Lunatic asylums Burma 1922-24 - 1922-1924
Year: 1922
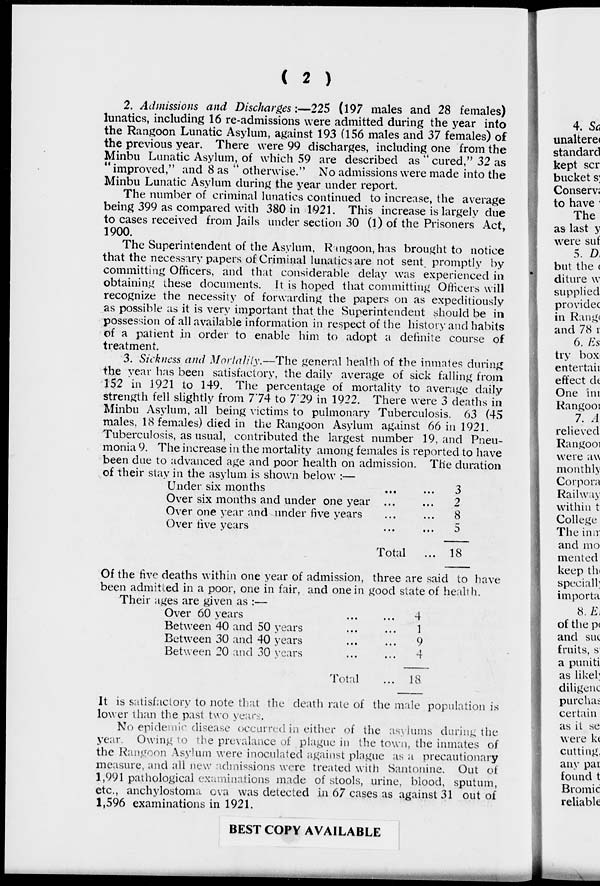
( 2 )
2. Admissions and Discharges:—225
(197 males and 28 females)
lunatics, including 16 re-admissions were admitted during the year into
the Rangoon Lunatic Asylum, against 193 (156 males and 37 females) of
the previous year. There were 99 discharges, including one from the
Minbu Lunatic Asylum, of which 59 are described as '' cured," 32 as
'' improved," and 8 as " otherwise." No admissions were made into the
Minbu Lunatic Asylum during the year under report.
The number of criminal lunatics continued to increase, the average
being 399 as compared with 380 in 1921. This increase is largely due
to cases received from Jails under section 30 (1) of the Prisoners Act,
1900.
The Superintendent of the Asylum, Rangoon, has brought to notice
that the necessary papers of Criminal lunatics are not sent. promptly by
committing Officers, and that considerable delay was experienced in
obtaining these documents. It is hoped that committing Officers will
recognize the necessity of forwarding the papers on as expeditiously
as possible as it is very important that the Superintendent should be in
possession of all available information in respect of the history and habits
of a patient in order to enable him to adopt a definite course of
treatment.
3. Sickness and Mortality.—The general health of the inmates during
the year has been satisfactory, the daily average of sick falling from
152 in 1921 to 149. The percentage of mortality to average daily
strength fell slightly from 7.74 to 7.29 in 1922. There were 3 deaths in
Minbu Asylum, all being victims to pulmonary Tuberculosis. 63 (45
males, 18 females) died in the Rangoon Asylum against 66 in 1921.
Tuberculosis, as usual, contributed the largest number 19, and Pneu-
monia 9. The increase in the mortality among females is reported to have
been due to advanced age and poor health on admission. The duration
of their stay in the asylum is shown below :—
Under six months ... ...
Over six months and under one year ... ...
Over one year and under five years ... ...
Over live years ... ...
Total ...
3
2
8
5
18
Of the five deaths within one year of admission, three are said to have
been admitted in a poor, one in fair, and one in good state of health.
Their ages are given as :—
Over 60 years ... ...
Between 40 and 50 years ... ...
Between 30 and 40 years ... ...
Between 20 and 30 years ... ...
Total ...
4
1
9
4
18
It is satisfactory to note that the death rate of the male population is
lower than the past two years.
No epidemie disease occurred in either of the asylums during the
year. Owing to the prevalance of plague in the town, the inmates of
the Rangoon Asylum were inoculated against plague as a precautionary
measure, and all new admissions were treated with Santonine. Out of
1,991 pathological examinations made of stools, urine, blood, sputum,
etc., anchylostoma ova was detected in 67 cases as against 31 out of
1,596 examinations in 1921.
BEST COPY AVAILABLE